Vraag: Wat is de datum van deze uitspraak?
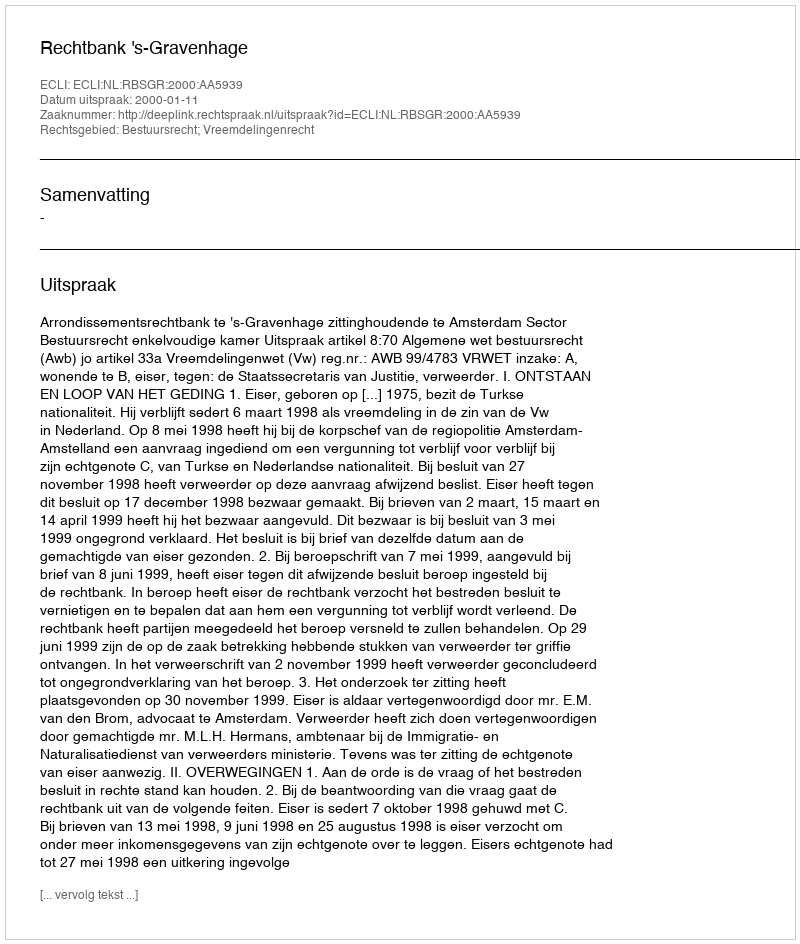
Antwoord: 2000-01-11